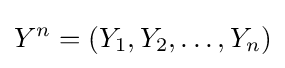
Y^{n}=(Y_{1},Y_{2},\dots ,Y_{n})